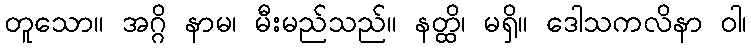
တူသော။ အဂ္ဂိ နာမ၊ မီးမည်သည်။ နတ္ထိ၊ မရှိ။ ဒေါသကလိနာ ဝါ၊